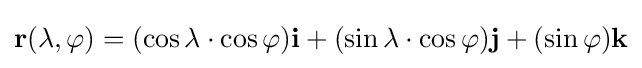
\mathbf {r} (\lambda ,\varphi )=(\cos {\lambda }\cdot \cos {\varphi })\mathbf {i} +(\sin {\lambda }\cdot \cos {\varphi })\mathbf {j} +(\sin {\varphi })\mathbf {k}